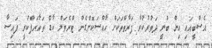
އެސްބީއައި އިން ބުނީ ދަތުރުކުރާ ފަރާތްތަކަށް ހާއްސަކޮށްގެން ޓްރެވަލް ކާޑް ތައާރަފްކުރީ ފައިސާ